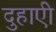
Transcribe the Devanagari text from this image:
दुहाएी